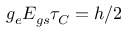
g _ { e } E _ { g s } \tau _ { C } = h / 2